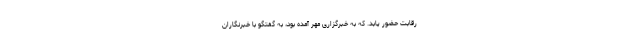
رقابت حضور یابد. که به خبرگزاری مهر آمده بود، به گفتگو با خبرنگاران